Report of the Municipal Commissioner on the plague in Bombay for the year ending 31st May... - Volume 2
Disease focus: Plague
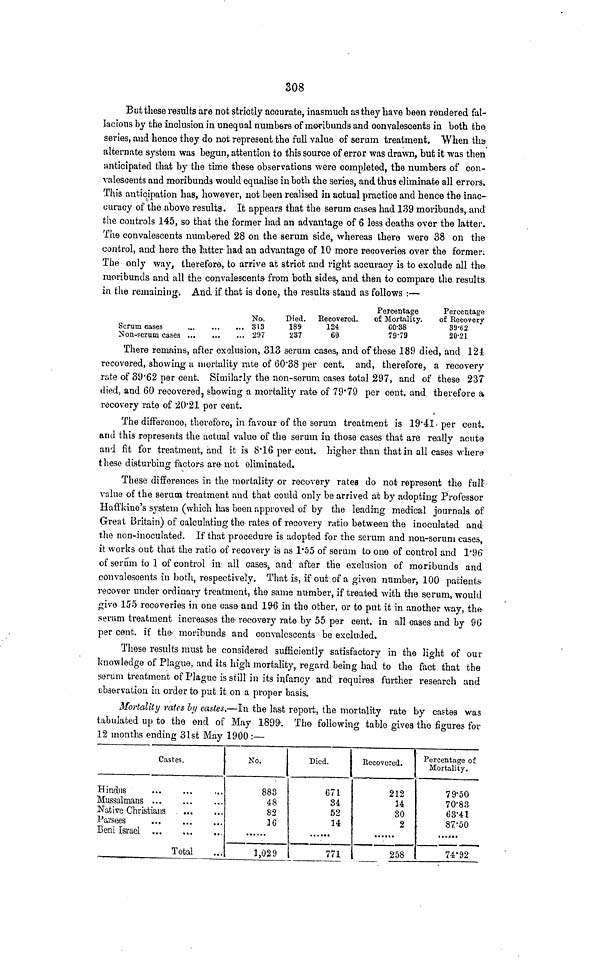
308
But these results are not strictly accurate, inasmuch as they Lave been rendered fal-
lacious by the inclusion in unequal numbers of raoribunds and convalescents in both the
series, and hence they do not represent the full value of serum treatment. When tha
alternate system was begun, attention to this source of error was drawn, but it was then
anticipated that by the time these observations were completed, the numbers of con-
valescents and moribunds would equalise in both the series, and thus eliminate all errors.
This anticipation has, however, not been realised in actual practice and hence the inac-
curacy of the above results. It appears that the serum cases had 139 moribunds, and
the controls 145, so that the former had an advantage of 6 less deaths over the latter.
The convalescents numbered 28 on the serum side, whereas there were 38 on the
control, and here the latter had an advantage of 10 more recoveries over the former.
The only way, therefore, to arrive at strict and right accuracy is to exclude all the
moribunds and all the convalescents- from both sides, and then to compare the results
in the remaining-. And if that is done, the results stand as follows :—
Scrum cases
Non-serum cases ...
No.
813
297
Died.
189
237
Recovered.
124
60
Percentage
of Mortality.
CO-3S
79-79
Percentage
of Recovery
39-62
20-21
There remains, after exclusion, 313 serum cases, and of these 189 died, and 121
recovered, showing a mortality rate of 60*38 per cent, and, therefore, a recovery
rate of 39'62 per cent. Similarly the non-serum cases total 297, and of these 237
died, and 60 recovered, showing a mortality rate of 79*79 per cent, and therefore a
recovery rate of 20'21 per cent.
The difference, therefore, in favour of the serum treatment is 19'41- per cent,
and this represents the actual value of the serum in those cases that are really acute
and fit for treatment, and it is 8*16 per cent, higher than that in all cases where
these disturbing factors are-not eliminated,
These differences in the mortality or recovery rates do not represent the fult
value of the serum treatment and that could only be arrived at by adopting Professor
Haffkine's system (which has been approved of by the leading medical journals of
Great Britain) of calculating the rates of recovery ratio between the inoculated and
the non-inoculated. If that procedure is adopted for the serum and non-serum cases,
it works out that the ratio of recovery is as 1*55 of serum to one of control and 1*9(>
of serum to 1 of control in all cases, and after the exclusion of moribunds and
convalescents in both, respectively. That is, if out of a given number^ 100 patients
recover under ordinary treatment, the same number, if treated with the serum, would
give 155 recoveries in one case and 196 in the other, or to put it in another way, the
.serum treatment increases the'recovery rate by 55 per cent, in all cases and by 96
per cent, if the- moribunds and convalescents be excluded.
These results must be considered sufficiently satisfactory in the light of our
knowledge of Plague, and its high mortality, regard being had to the fact that the
serum treatment of Plague is still in its infancy and requires further research and
observation in order to put it on a proper basis.
Mortality rates by castes.—In the last report, the mortality rate by castes was
tabulated up to the end of May 1899'. The- following table gives the figures for
12 months ending 31st May 1900:—
Castes.
Hindus
...
Mussulmans
Native Christians ....
Parsees
Beni Israel
Total
NO.
883
48
82
16
1,029
Died.
671
34
52
14
771
Recovered.
212
14
80
2
258
Percentage of
Mortality.
79-50
70-83
63-41
87-50
......
74'92